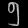
Digit: ၅